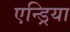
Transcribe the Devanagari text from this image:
एन्ड्रिया